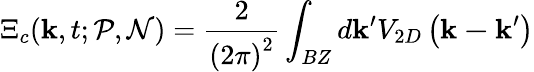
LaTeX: \Xi_{c}(\mathbf{k},t;\mathcal{P},\mathcal{N})=\frac{2}{\left(2\pi\right)^{2}}\int_{BZ}d\mathbf{k}^{\prime}V_{2D}\left(\mathbf{k-k}^{\prime}\right)